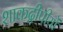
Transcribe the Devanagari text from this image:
शाकद्वीपीयों